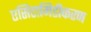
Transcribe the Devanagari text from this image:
एसिटामिडीकरण